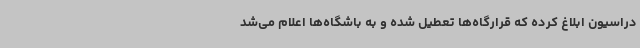
دراسیون ابلاغ کرده که قرارگاه‌ها تعطیل شده و به باشگاه‌ها اعلام می‌شد